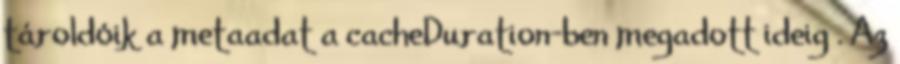
tároldóik a metaadat a cacheDuration-ben megadott ideig . Az